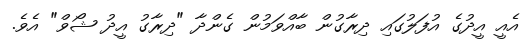
އެއީ އީދުގެ އުފަލުގައި ދިރާގުން ބާއްވަމުން ގެންދާ "ދިރާގު އީދު ޝޯވް" އެވެ.